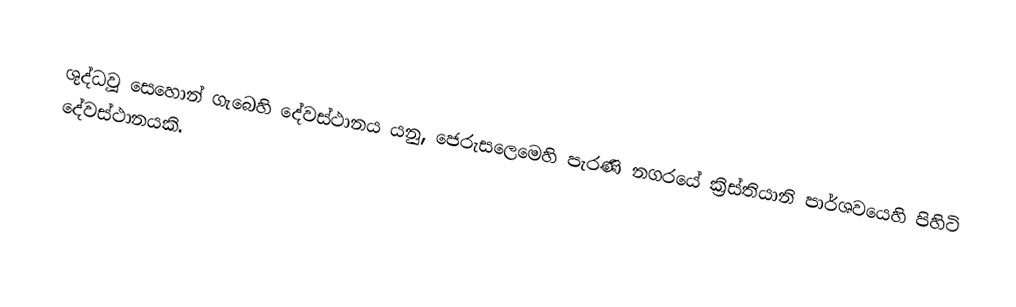
ශුද්ධවූ සෙහොන් ගැබෙහි දේවස්ථානය යනු,  ජෙරුසලෙමෙහි පැරණි නගරයේ ක්‍රිස්තියානි පාර්ශවයෙහි පිහිටි දේවස්ථානයකි.